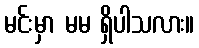
မင်းမှာ မမ ရှိပါသလား။